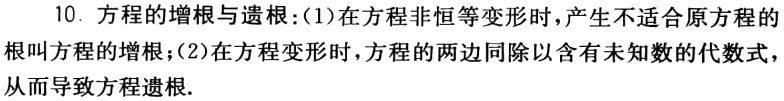
10. 方程的增根与遗根：(1)在方程非恒等变形时，产生不适合原方程的根叫方程的增根；(2)在方程变形时，方程的两边同除以含有未知数的代数式，从而导致方程遗根.